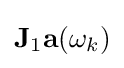
\mathbf {J} _{1}\mathbf {a} (\omega _{k})